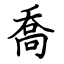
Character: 喬